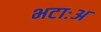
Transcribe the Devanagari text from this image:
भटाःअ